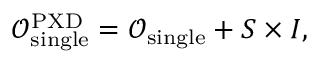
\mathcal { O } _ { \mathrm { s i n g l e } } ^ { \mathrm { P X D } } = \mathcal { O } _ { \mathrm { s i n g l e } } + S \times I ,